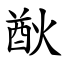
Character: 㷕